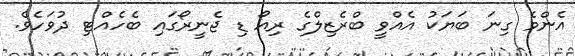
އެންމެ ގިނަ ބަޔަކު އެއްވީ ބްރެޒިލްގެ ރިއޯ ޑި ޖެނީރޯގައި ބެހެއްޓި ދުވަހެވެ.